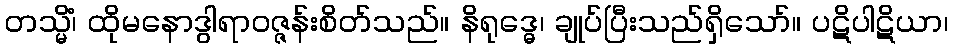
တသ္မိံ၊ ထိုမနောဒွါရာဝဇ္ဇန်းစိတ်သည်။ နိရုဒ္ဓေ၊ ချုပ်ပြီးသည်ရှိသော်။ ပဋိပါဋိယာ၊